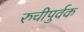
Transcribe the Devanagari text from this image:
रुचीपुर्वक